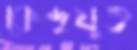
কেন্দ্রযুক্ত